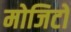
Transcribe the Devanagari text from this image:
मोजिटो